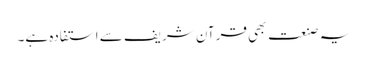
یہ صنعت بھی قرآن شریف سے استفادہ ہے۔